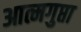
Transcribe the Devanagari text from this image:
आत्मगुप्ता